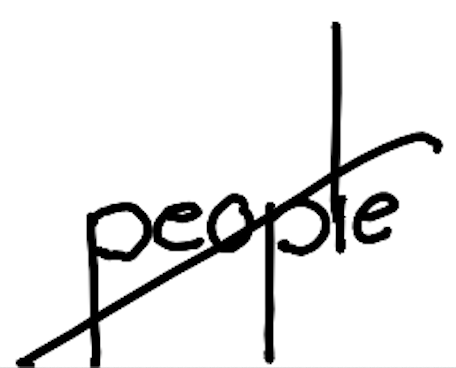
Text: people
Cross-out: diagonal
Writing tool: digital_black